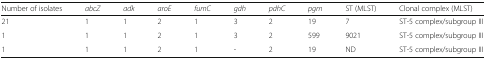
<table><thead><tr><td><b>Number of isolates</b></td><td><b><i>abcZ</i></b></td><td><b><i>adk</i></b></td><td><b><i>aroE</i></b></td><td><b><i>fumC</i></b></td><td><b><i>gdh</i></b></td><td><b><i>pdhC</i></b></td><td><b><i>pgm</i></b></td><td><b>ST (MLST)</b></td><td><b>Clonal complex (MLST)</b></td></tr></thead><tbody><tr><td>21</td><td>1</td><td>1</td><td>2</td><td>1</td><td>3</td><td>2</td><td>19</td><td>7</td><td>ST-5 complex/subgroup III</td></tr><tr><td>1</td><td>1</td><td>1</td><td>2</td><td>1</td><td>3</td><td>2</td><td>599</td><td>9021</td><td>ST-5 complex/subgroup III</td></tr><tr><td>1</td><td>1</td><td>1</td><td>2</td><td>1</td><td>-</td><td>2</td><td>19</td><td>ND</td><td>ST-5 complex/subgroup III</td></tr></tbody></table>